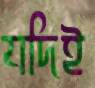
যদিই